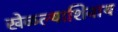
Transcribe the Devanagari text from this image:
खेळल्याशिवाय